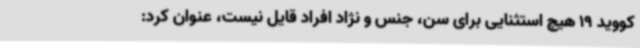
کووید 19 هیچ استثنایی برای سن، جنس و نژاد افراد قایل نیست، عنوان کرد: